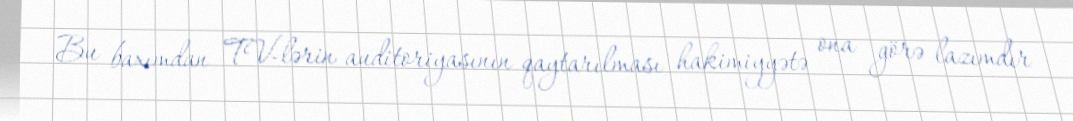
Bu baxımdan TV-lərin auditoriyasının qaytarılması hakimiyyətə ona görə lazımdır